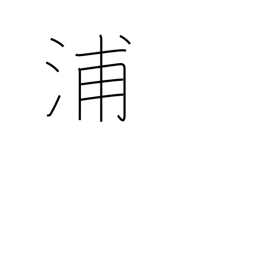
Meaning: creek